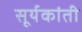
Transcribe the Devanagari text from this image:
सूर्यकांती